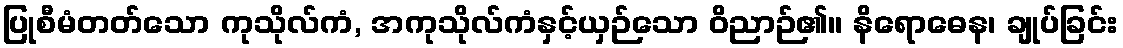
ပြုစီမံတတ်သော ကုသိုလ်ကံ, အကုသိုလ်ကံနှင့်ယှဉ်သော ဝိညာဉ်၏။ နိရောဓေန၊ ချုပ်ခြင်း